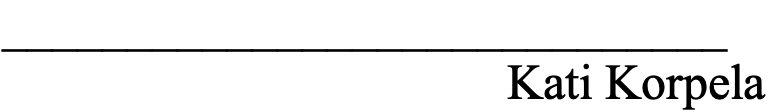
_____________________________ Kati Korpela